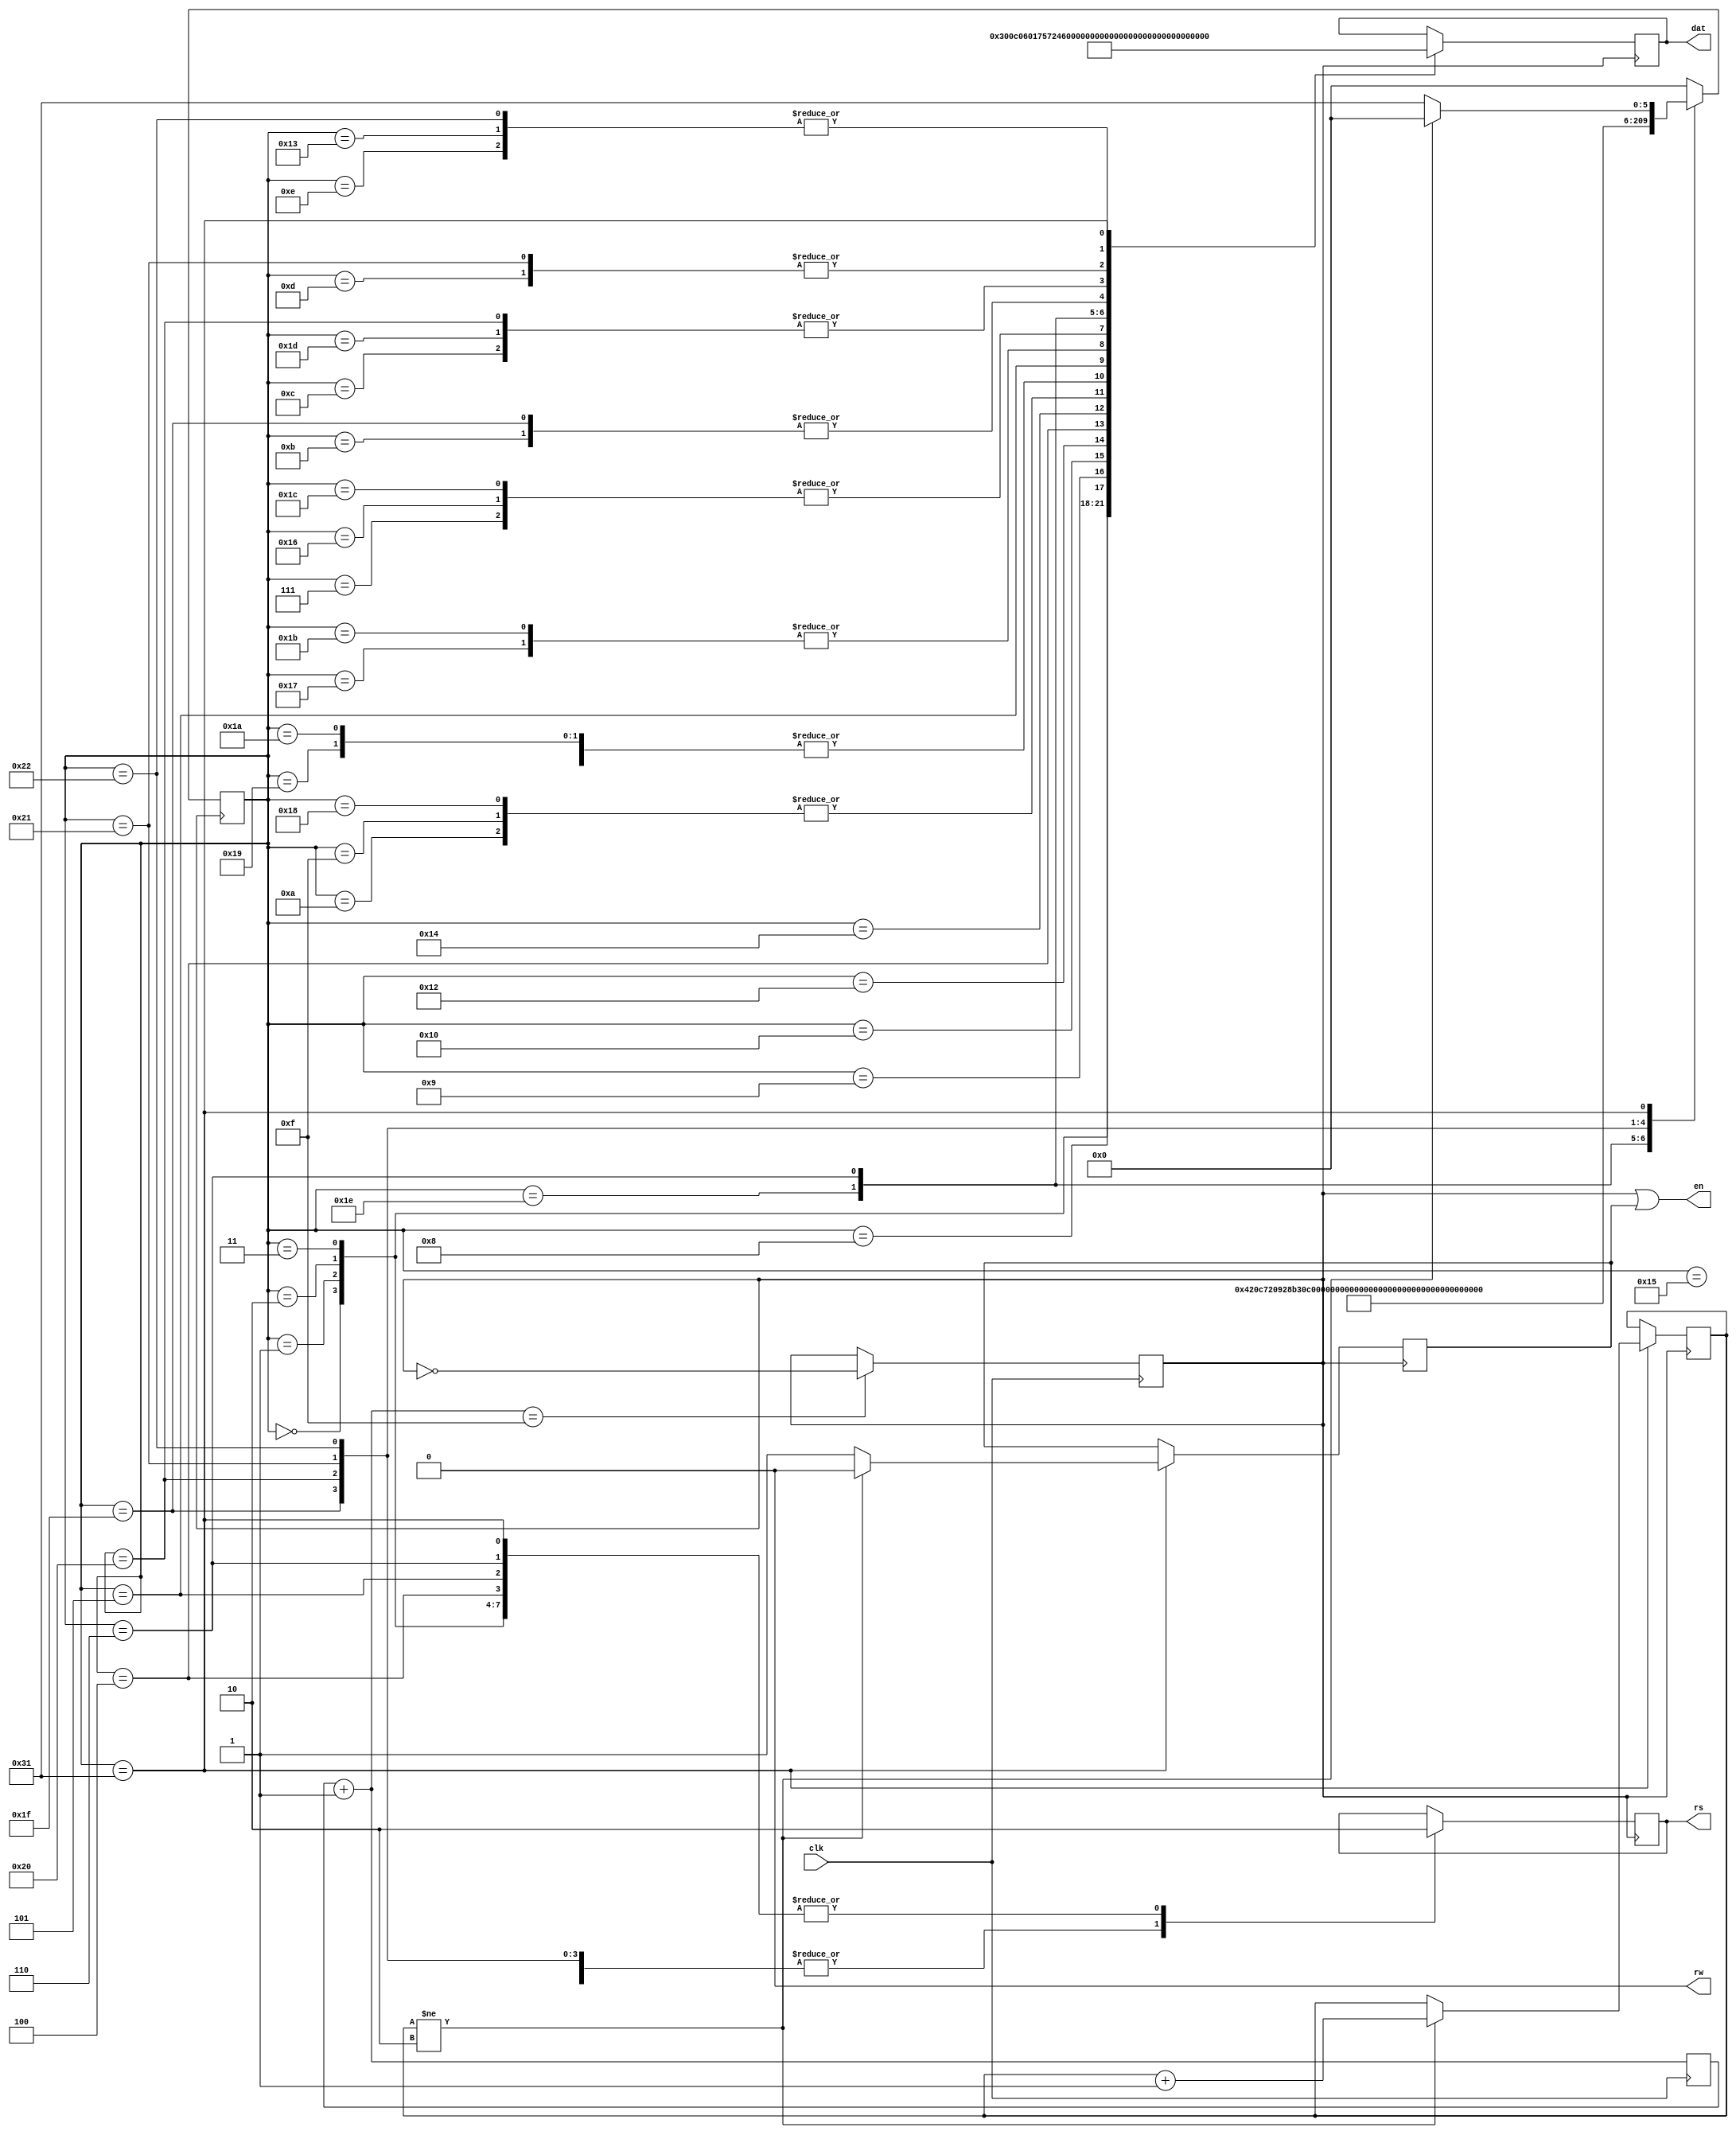
module LCD12864 (clk, rs, rw, en,dat);  
input clk;  
 output [7:0] dat; 
 output  rs,rw,en; 
 //tri en; 
 reg e; 
 reg [7:0] dat; 
 reg rs;   
 reg  [15:0] counter; 
 reg [5:0] current,next; 
 reg clkr; 
 reg [1:0] cnt; 
 parameter  set0=6'h0; 
 parameter  set1=6'h1; 
 parameter  set2=6'h2; 
 parameter  set3=6'h3; 
 parameter  set4=6'h4; 
 parameter  set5=6'h5;
 parameter  set6=6'h6;  

 parameter  dat0=6'h7; 
 parameter  dat1=6'h8; 
 parameter  dat2=6'h9; 
 parameter  dat3=6'hA; 
 parameter  dat4=6'hB; 
 parameter  dat5=6'hC;
 parameter  dat6=6'hD; 
 parameter  dat7=6'hE; 
 parameter  dat8=6'hF; 
 parameter  dat9=6'h10;

 parameter  dat10=6'h12; 
 parameter  dat11=6'h13; 
 parameter  dat12=6'h14; 
 parameter  dat13=6'h15; 
 parameter  dat14=6'h16; 
 parameter  dat15=6'h17;
 parameter  dat16=6'h18; 
 parameter  dat17=6'h19; 
 parameter  dat18=6'h1A; 
 parameter  dat19=6'h1B; 
 parameter  dat20=6'h1C;
 parameter  dat21=6'h1D; 
 parameter  dat22=6'h1E; 
 parameter  dat23=6'h1F; 
 parameter  dat24=6'h20; 
 parameter  dat25=6'h21; 
 parameter  dat26=6'h22;     
  
 parameter  nul=6'hF1; 
always @(posedge clk)         
 begin 
  counter=counter+1; 
  if(counter==16'h000f)  
  clkr=~clkr; 
end 
always @(posedge clkr) 
begin 
 current=next; 
  case(current) 
    set0:   begin  rs<=0; dat<=8'h30; next<=set1; end 
    set1:   begin  rs<=0; dat<=8'h0c; next<=set2; end 
    set2:   begin  rs<=0; dat<=8'h6; next<=set3; end 
    set3:   begin  rs<=0; dat<=8'h1; next<=dat0; end 

    dat0:   begin  rs<=1; dat<="O"; next<=dat1; end //ʾһ
    dat1:   begin  rs<=1; dat<="u"; next<=dat2; end 
    dat2:   begin  rs<=1; dat<="r"; next<=dat3; end 
    dat3:   begin  rs<=1; dat<=" ";next<=dat4; end 
    dat4:   begin  rs<=1; dat<="F"; next<=dat5; end 
    dat5:   begin  rs<=1; dat<="P"; next<=dat6; end 
    dat6:   begin  rs<=1; dat<="G"; next<=dat7; end 
    dat7:   begin  rs<=1; dat<="A";next<=dat8; end 
    dat8:   begin  rs<=1; dat<=" "; next<=dat9; end 
    dat9:   begin  rs<=1; dat<="E";next<= dat10 ; end 
    dat10:  begin  rs<=1; dat<="D"; next<=dat11; end 
    dat11:  begin  rs<=1; dat<="A"; next<=set4; end 

    set4:   begin  rs<=0; dat<=8'h90; next<=dat12; end //ʾڶ

    dat12:   begin  rs<=1; dat<="N"; next<=dat13; end 
    dat13:   begin  rs<=1; dat<="I";next<=dat14; end 
    dat14:   begin  rs<=1; dat<="O"; next<=dat15; end 
    dat15:   begin  rs<=1; dat<="S"; next<=dat16; end 
    dat16:   begin  rs<=1; dat<=" "; next<=dat17; end 
    dat17:   begin  rs<=1; dat<="I"; next<=dat18; end 
    dat18:   begin  rs<=1; dat<="I"; next<=set5; end 

    set5:   begin  rs<=0; dat<=8'h88; next<=dat19; end //ʾ

    dat19:   begin  rs<=1; dat<="S"; next<=dat20; end 
    dat20:   begin  rs<=1; dat<="O"; next<=dat21; end 
    dat21:   begin  rs<=1; dat<="P"; next<=dat22; end 
    dat22:   begin  rs<=1; dat<="C"; next<=set6 ; end 

    set6:   begin  rs<=0; dat<=8'h98; next<=dat23; end //ʾ

    dat23:   begin  rs<=1; dat<="F"; next<=dat24; end 
    dat24:   begin  rs<=1; dat<="P"; next<=dat25; end 
    dat25:   begin  rs<=1; dat<="G"; next<=dat26; end 
    dat26:   begin  rs<=1; dat<="A"; next<=nul;   end 

     nul:   begin rs<=0;  dat<=8'h00;                    // ҺE   
              if(cnt!=2'h2)  
                  begin  
                       e<=0;next<=set0;cnt<=cnt+1;  
                  end  
                   else  
                     begin next<=nul; e<=1; 
                    end    
              end 
   default:   next=set0; 
    endcase 
 end 
assign en=clkr|e; 
assign rw=0; 
endmodule